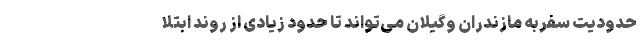
حدودیت سفربه مازندران وگیلان می‌تواند تا حدود زیادی از روند ابتلا